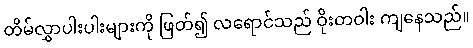
တိမ်လွှာပါးပါးများကို ဖြတ်၍ လရောင်သည် ဝိုးတဝါး ကျနေသည်။